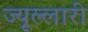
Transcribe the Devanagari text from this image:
ज्यूल्लारी